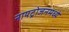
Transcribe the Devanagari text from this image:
नायट्रोजनमध्ये